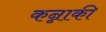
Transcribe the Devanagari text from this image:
कन्नाकी